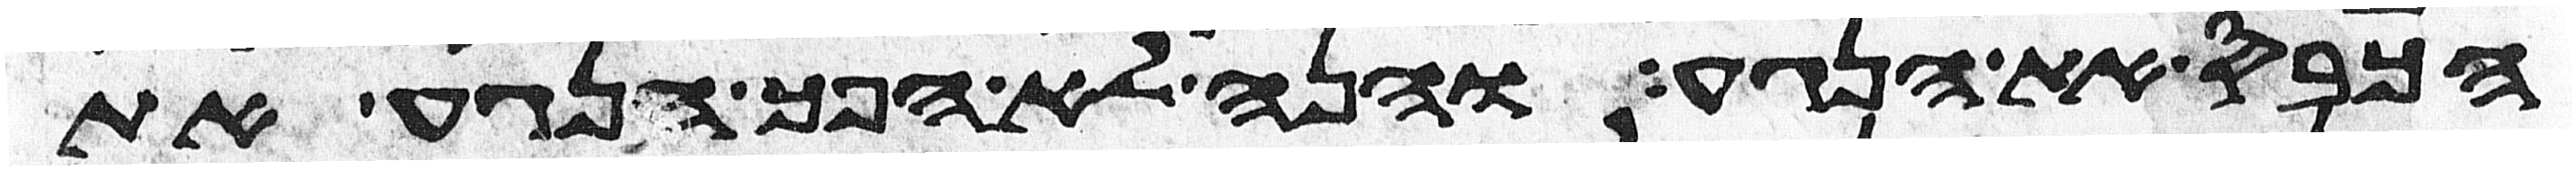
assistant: הכבס את הנגע והנה לא הפך הנגע את